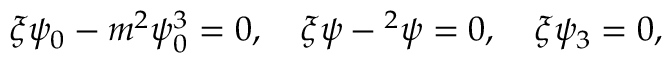
\xi \psi _ { 0 } - m ^ { 2 } \psi _ { 0 } ^ { 3 } = 0 , \quad \xi \psi - \o ^ { 2 } \psi = 0 , \quad \xi \psi _ { 3 } = 0 ,